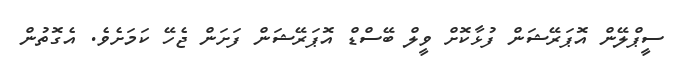
ސީޕްލޭން އޮޕަރޭޝަން ފުޅާކޮށް ވީލް ބޭސްޑް އޮޕަރޭޝަން ފަށަން ޖެހޭ ކަމަށެވެ. އެގޮތުން